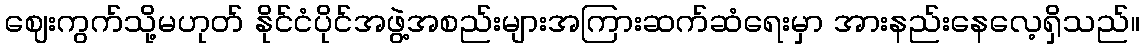
ဈေးကွက်သို့မဟုတ် နိုင်ငံပိုင်အဖွဲ့အစည်းများအကြားဆက်ဆံရေးမှာ အားနည်းနေလေ့ရှိသည်။